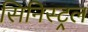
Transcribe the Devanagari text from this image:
सिनिस्ट्रल